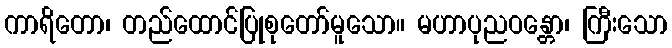
ကာရိတော၊ တည်ထောင်ပြုစုတော်မူသော။ မဟာပုညဝန္တော၊ ကြီးသော